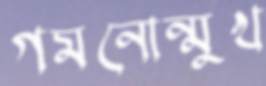
গমনোন্মুখ